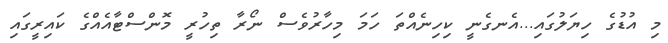
މި އުޑުގެ ހިޔަލުގައި...އެނގެނީ ކިހިނެއްތަ ހަމަ މިހާރުވެސް ނޯރާ ތިހުރީ މޮންސްޓާއެއްގެ ކައިރީގައި